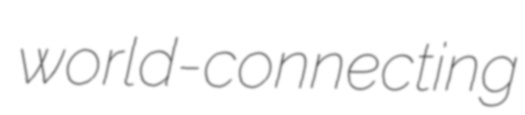
world-connecting